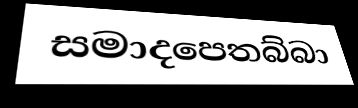
සමාදපෙතබ්බා